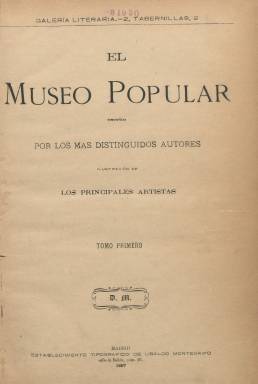
Título: El Museo popular
Colección: Cultura
Ámbito geográfico: Madrid
Lugar de publicación: Madrid
Fechas: 01/01/1887-31/12/1889

Esta publicación semanal declaraba en su primer número que su propósito era instruir deleitando siguiendo la máxima horaciana y sin demasiadas pretensiones ofrecer con ánimo divulgativo pequeños textos científicos y literarios. Así se presentaba al público: “El Museo Popular saluda afectuosamente a la prensa en general y con preferencia a la que, alejada de las pasiones y luchas políticas, se consagra a la ilustración y perfeccionamiento de la inteligencia humana”.

   Se subtitulaba Periódico-Biblioteca, constaba sólo de cuatro páginas y con el semanario se repartían tres obras literarias. Por una nota de 13 de enero de 1887 de La Correspondencia de España, conocemos que con el primer número de El Museo Popular se dio a los suscriptores La niña de los diamantes, de Manuel Fernández y González; Huérfana y mártir, de Moreno de la Tejera; y La naturaleza y el hombre, de Moreno Fuentes.

   Uno de los principales atractivos de la publicación eran las ilustraciones, ya que salvo la última página las demás incluían un grabado. A través de sus láminas con escenas cotidianas y callejeras, experimentos científicos, monumentos, retratos de personajes y paisajes o estampas de la naturaleza se obtiene una visión realista y animada de la vida de finales del siglo XIX.

  Así por ejemplo, en el número 91 de 1888 se puede ver en portada una deliciosa imagen de barcas de recreo con gente en el estanque del Retiro madrileño, en la segunda página una lámina con el megáfono de Edison y en la tercera un dibujo de ranas  y vegetación en una charca.

   Aunque la técnica del fotograbado ya estaba avanzada por entonces, la publicación no hizo uso de ella. No obstante, algunos de sus grabados no eran tomados de dibujos sino de fotografías, lo que daba mayor veracidad a las escenas. Así, la portada del número 16 incluía una imagen de la fachada del Palacio de los marqueses de Linares, en la plaza de Cibeles, claramente tomada de una fotografía.

   Aunque el punto fuerte eran las ilustraciones, en los relatos y poemas que publicaba El Museo popular colaboraron puntualmente plumas destacadas como Emilia Pardo Bazán y José Zorrilla.

    Otra de sus señas de identidad eran los jeroglíficos, publicados siempre en el ángulo inferior derecha de la última página y con solución en el número siguiente, lo que ayudaba a mantener vivo el interés por la publicación. En esto como en el cuidado de las ilustraciones y otros detalles, la publicación seguía la pauta iniciada por El Museo Universal, ya desaparecido, pero al que El Museo Popular parece querer imitar.

[Descripción publicada el 26/7/2018]